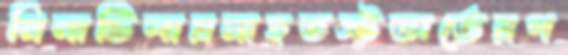
মিনাটিলায়মাহুতস্টডার্ডেরপ